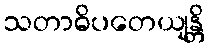
သတာဓိပတေယျန္တိ